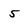
Character: 5